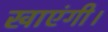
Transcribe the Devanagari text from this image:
खाएंगी।